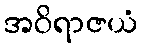
အဝိရာဇယံ